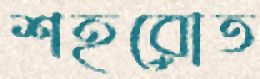
শহরোত